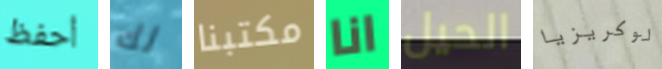
أحفظ لك مكتبنا انا الحيل لوكريزيا